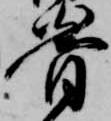
骨